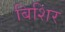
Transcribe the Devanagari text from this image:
बिशिर